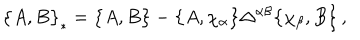
\bigl \{ A , B \bigr \} _ { * } = \bigl \{ A , B \bigr \} - \bigl \{ A , \chi _ { \alpha } \bigr \} \Delta ^ { \alpha \beta } \bigl \{ \chi _ { \beta } , B \bigr \} \, ,